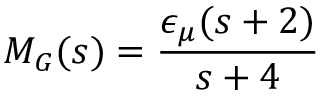
M _ { G } ( s ) = { \frac { \epsilon _ { \mu } ( s + 2 ) } { s + 4 } }